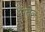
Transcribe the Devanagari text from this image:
रैंग्वेल